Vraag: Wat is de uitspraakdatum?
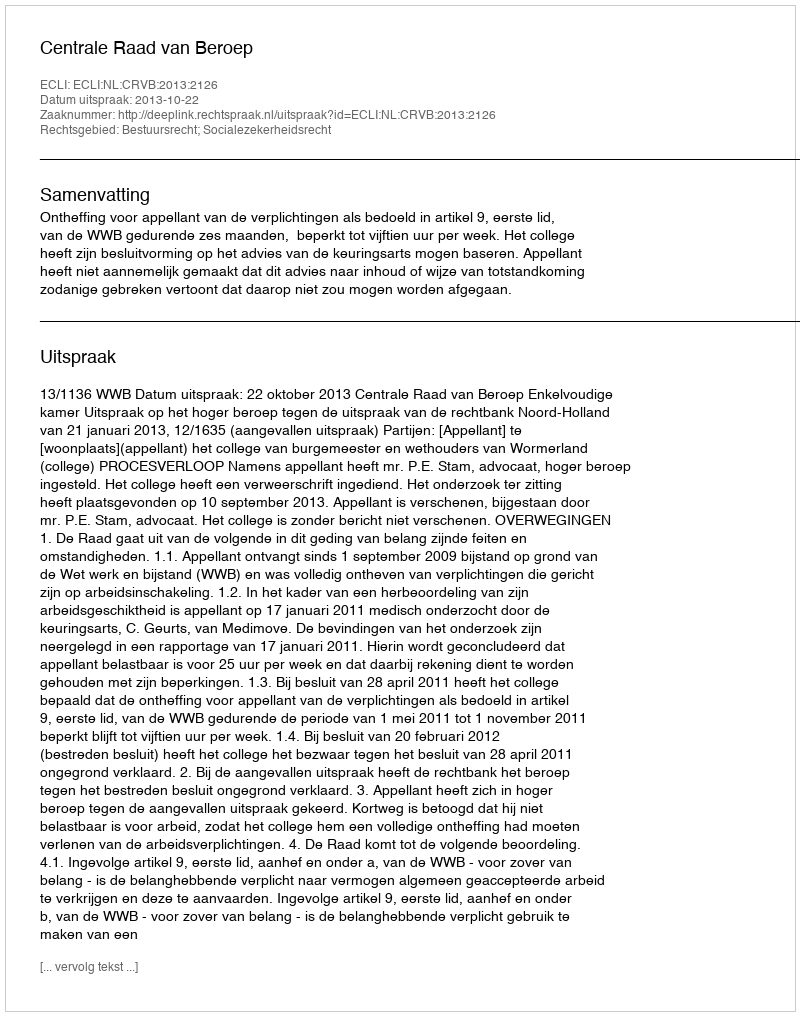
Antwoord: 2013-10-22